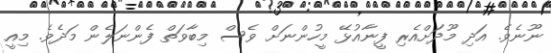
ނޫނެވެ. އަދި މޫދަށްއެރި ފީނާއުޅޭ މީހުންނަށް ވެސް މިބާވަތް ފެންނަލެން މަދެވެ. މިއީ